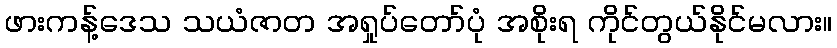
ဖားကန့်ဒေသ သယံဇာတ အရှုပ်တော်ပုံ အစိုးရ ကိုင်တွယ်နိုင်မလား။